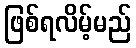
ဖြစ်ရလိမ့်မည်